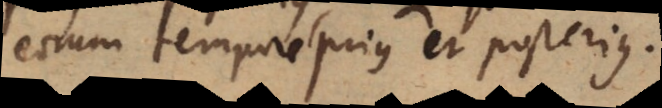
eorum tempore prius et posterius.